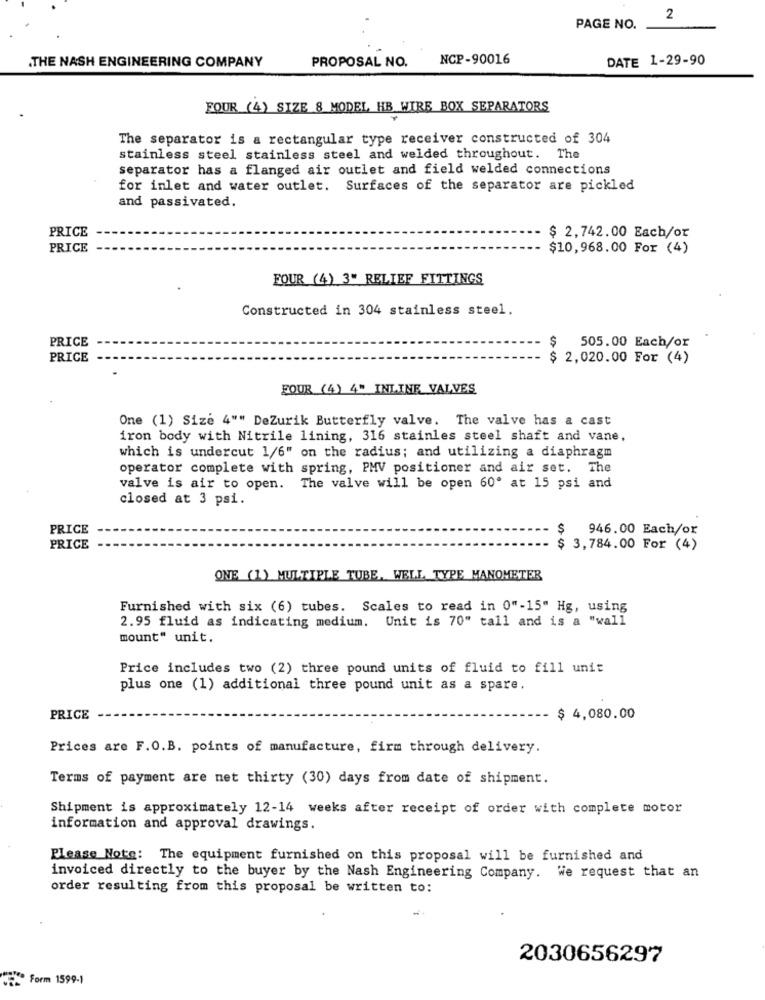
2
PAGE NO.
PROPOSAL NO.
NCP-90016
DATE 1-29-90
.THE NASH ENGINEERING COMPANY
FOUR (4) SIZE 8 MODEL HB WIRE BOX SEPARATORS
The separator is a rectangular type receiver constructed of 304
stainless steel stainless steel and welded throughout. The
separator has a flanged air outlet and field welded connections
for inlet and water outlet. Surfaces of the separator are pickled
and passivated.
PRICE
$ 2,742.00 Each/or
PRICE
$10,968.00 For (4)
FOUR (4) 3" RELIEF FITTINGS
Constructed in 304 stainless steel.
PRICE
505.00 Each/or
PRICE
$ 2,020.00 For (4)
FOUR (4) 4" INLINE VALVES
One (1) Size 4"" DeZurik Butterfly valve. The valve has a cast
iron body with Nitrile lining, 316 stainles steel shaft and vane,
which is undercut 1/6" on the radius; and utilizing a diaphragm
operator complete with spring, PMV positioner and air set. The
valve is air to open. The valve will be open 60º at 15 psi and
closed at 3 psi.
PRICE
946.00 Each/or
PRICE
$ 3,784.00 For (4)
ONE (1) MULTIPLE TUBE, WELL TYPE MANOMETER
Furnished with six (6) tubes. Scales to read in 0"-15" Hg, using
2.95 fluid as indicating medium. Unit is 70" tall and is a "wall
mount" unit.
Price includes two (2) three pound units of fluid to fill unit
plus one (1) additional three pound unit as a spare.
PRICE
$ 4,080.00
Prices are F.O.B. points of manufacture, firm through delivery.
Terms of payment are net thirty (30) days from date of shipment.
Shipment is approximately 12-14 weeks after receipt of order with complete motor
information and approval drawings.
Please Note: The equipment furnished on this proposal will be furnished and
invoiced directly to the buyer by the Nash Engineering Company. We request that an
order resulting from this proposal be written to:
2030656297
Form 1599-1